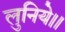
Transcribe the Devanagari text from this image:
लुनिये।।